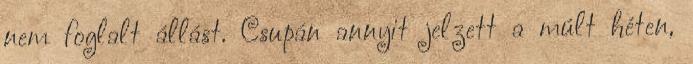
nem foglalt állást. Csupán annyit jelzett a múlt héten,